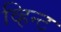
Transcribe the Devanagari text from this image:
व्हिन्ट